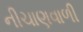
નીચાણવાળી